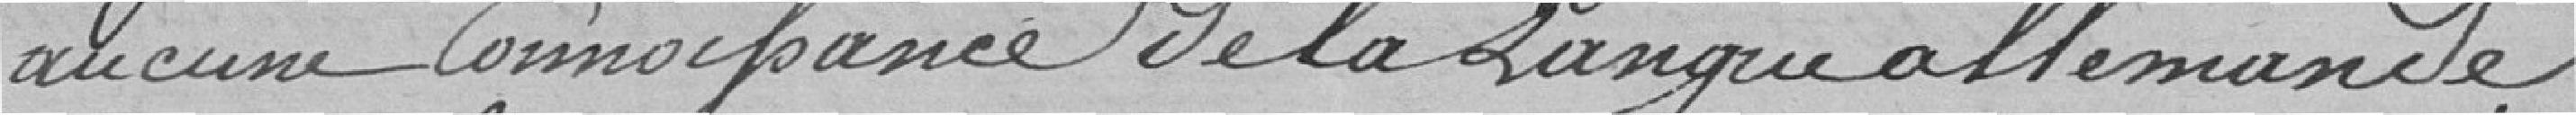
aucune connaissance de la langue allemande